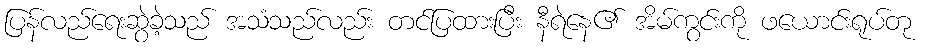
ပြန်လည်ရေးဆွဲခဲ့သည် အသံသည်လည်း တင်ပြထားပြီး နီရဲနေ၏ အိမ်ကွင်းကို ဖယောင်းရုပ်တု